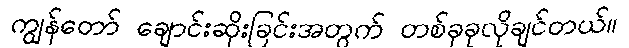
ကျွန်တော် ချောင်းဆိုးခြင်းအတွက် တစ်ခုခုလိုချင်တယ်။